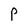
Character: P